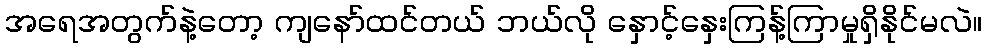
အရေအတွက်နဲ့တော့ ကျနော်ထင်တယ် ဘယ်လို နှောင့်နှေးကြန့်ကြာမှုရှိနိုင်မလဲ။